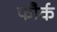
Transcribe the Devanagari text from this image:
फौर्क